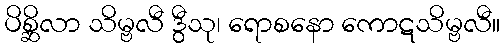
ပိစ္ဆိလာ သိမ္ဗလီ ဒွီသု၊ ရောစနော ကောဋသိမ္ဗလီ။